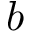
\u _ { b }